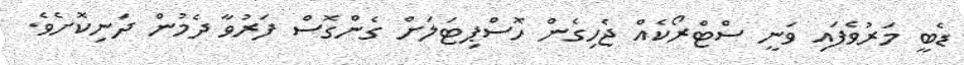
ޑެބީ މަރުވެފައި ވަނީ ސްޓްރޯކެއް ޖެހިގެން ހޮސްޕިޓަލަށް ގެންގޮސް ފަރުވާ ދެމުން ދަނިކޮށެވެ.